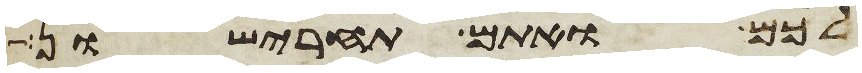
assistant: לכם ואתם תחרישון